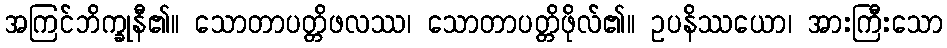
အကြင်ဘိက္ခုနီ၏။ သောတာပတ္တိဖလဿ၊ သောတာပတ္တိဖိုလ်၏။ ဥပနိဿယော၊ အားကြီးသော